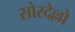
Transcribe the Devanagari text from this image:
सोरदेल्लो